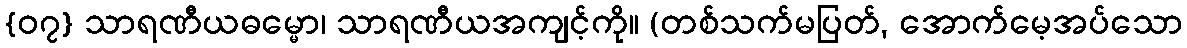
{၀၇} သာရဏီယဓမ္မော၊ သာရဏီယအကျင့်ကို။ (တစ်သက်မပြတ်, အောက်မေ့အပ်သော